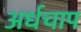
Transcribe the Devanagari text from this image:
अर्धचाप